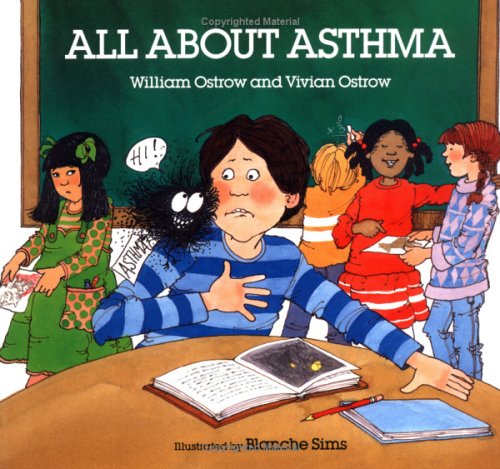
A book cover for All about Asthma (An Albert Whitman Prairie Book); Vivianne Astrow; Health, Fitness & Dieting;